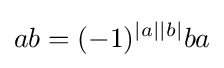
ab=(-1)^{|a||b|}ba